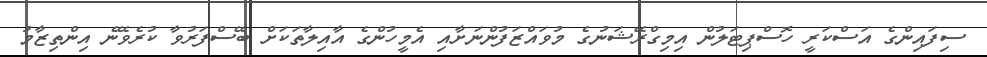
ސިފައިންގެ އަސްކަރީ ހޮސްޕިޓަލުން އިމިގްރޭޝަނުގެ މުވައްޒަފުންނަށާއި އެމީހުންގެ އާއިލާތަކަށް ބޭސްފަރުވާ ކުރެވޭނެ އިންތިޒާމު